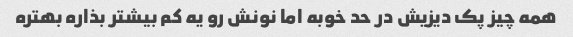
همه چیز پک دیزیش در حد خوبه اما نونش رو یه کم بیشتر بذاره بهتره